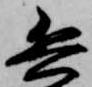
兵